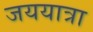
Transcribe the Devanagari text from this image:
जययात्रा